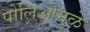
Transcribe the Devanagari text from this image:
पोलिओमुळे